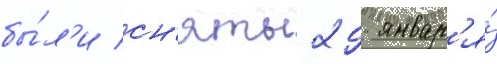
бы́л'и сн'яты 29 январ'я́